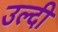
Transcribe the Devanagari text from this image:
उल्दी